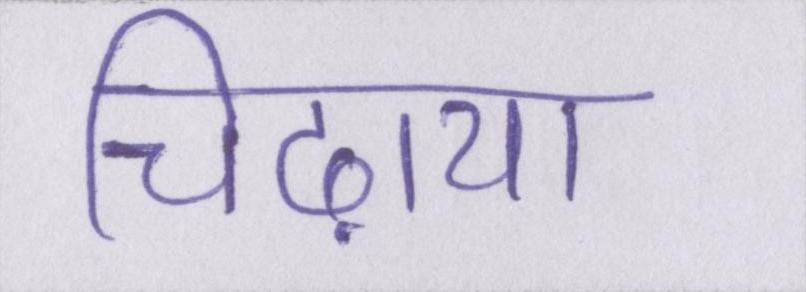
चिढ़ाया